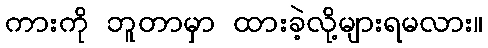
ကားကို ဘူတာမှာ ထားခဲ့လို့များရမလား။